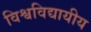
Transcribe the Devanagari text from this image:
विश्वविद्यायीय